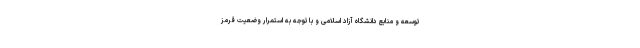
توسعه و منابع دانشگاه آزاد اسلامی و با توجه به استمرار وضعیت قرمز